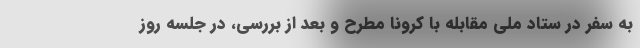
به سفر در ستاد ملی مقابله با کرونا مطرح و بعد از بررسی، در جلسه روز